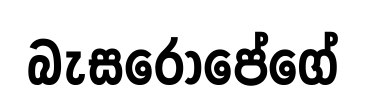
බැසරොපේගේ